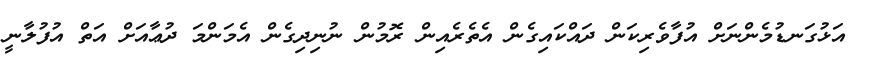
އަޅުގަނޑުމެންނަށް އުފާވެރިކަން ދައްކައިގެން އެތެރެއިން ރޮމުން ނުނިދިގެން އެމަންމަ ދުޢާއަށް އަތް އުފުލާނީ